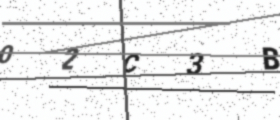
Text: 02C3B